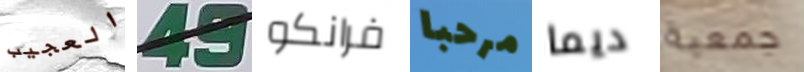
العجيب 49 فرانكو مرحبا ديما جمعية